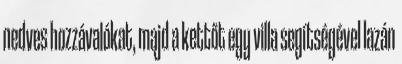
nedves hozzávalókat, majd a kettőt egy villa segítségével lazán